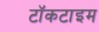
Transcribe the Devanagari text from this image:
टॉकटाइम